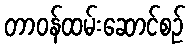
တာဝန်ထမ်းဆောင်စဉ်